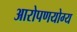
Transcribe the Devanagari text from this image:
आरोपणयोग्य